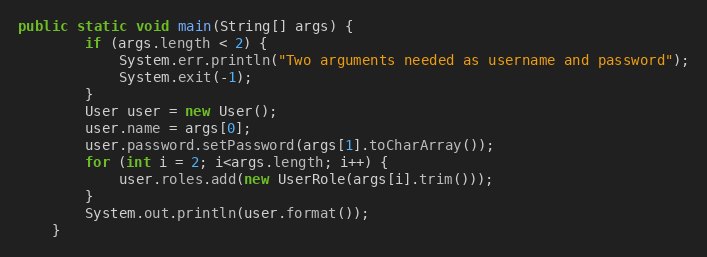
Language: Java
public static void main(String[] args) {
		if (args.length < 2) {
			System.err.println("Two arguments needed as username and password");
			System.exit(-1);
		}
		User user = new User();
		user.name = args[0];
		user.password.setPassword(args[1].toCharArray());
		for (int i = 2; i<args.length; i++) {
			user.roles.add(new UserRole(args[i].trim()));
		}
		System.out.println(user.format());
	}